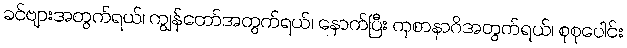
ခင်ဗျားအတွက်ရယ်၊ ကျွန်တော်အတွက်ရယ်၊ နောက်ပြီး ကုစာနာဂိအတွက်ရယ်၊ စုစုပေါင်း